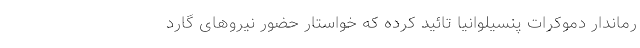
رماندار دموکرات پنسیلوانیا تائید کرده که خواستار حضور نیروهای گارد